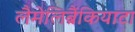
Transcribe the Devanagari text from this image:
लैमेलिब्रैंकियाटा